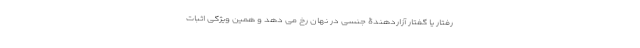
رفتار یا گفتار آزاردهندۀ جنسی در نهان رخ می دهد و همین ویژگی اثبات